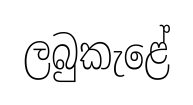
ලබුකැළේ